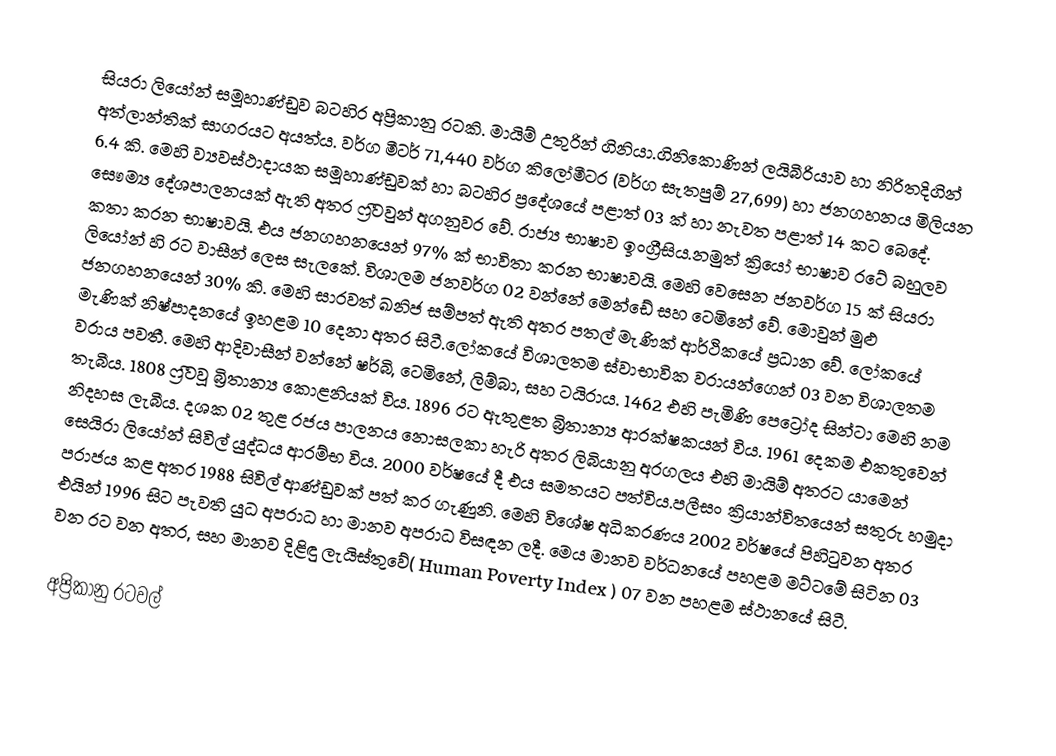
සියරා ලියෝන්  සමූහාණ්ඩුව බටහිර අප්‍රිකානු රටකි. මායිම් උතුරින් ගිනියා.ගිනිකොණින් ලයිබීරියාව හා නිරිතදිගින් අත්ලාන්තික් සාගරයට  අයත්ය. වර්ග මීටර් 71,440  වර්ග කිලෝමීටර (වර්ග සැතපුම් 27,699) හා ජනගහනය මිලියන 6.4 කි. මෙහි ව්‍යවස්ථාදායක සමූහාණ්ඩුවක් හා බටහිර ප්‍රදේශයේ පළාත් 03 ක් හා නැවත පළාත් 14 කට බෙදේ. සෞම්‍ය  දේශපාලනයක් ඇති අතර ෆ්‍රීටවුන් අගනුවර වේ. රාජ්‍ය භාෂාව ඉංග්‍රීසිය.නමුත් ක්‍රියෝ භාෂාව රටේ  බහුලව කතා කරන භාෂාවයි. එය ජනගහනයෙන් 97% ක් භාවිතා කරන භාෂාවයි. මෙහි වෙසෙන ජනවර්ග 15 ක් සියරා ලියෝන් හි රට වාසීන් ලෙස සැලකේ. විශාලම ජනවර්ග 02   වන්නේ මෙන්ඩේ සහ ටෙමිනේ වේ. මොවුන් මුළු ජනගහනයෙන් 30% කි. මෙහි සාරවත් ඛනිජ සම්පත්  ඇති අතර පතල් මැණික් ආර්ථිකයේ ප්‍රධාන වේ.  ලෝකයේ මැණික්  නිෂ්පාදනයේ ඉහළම 10 දෙනා අතර සිටී.ලෝකයේ විශාලතම ස්වාභාවික වරායන්ගෙන් 03 වන විශාලතම වරාය පවතී. මෙහි ආදිවාසීන්  වන්නේ ෂර්බි, ටෙමිනේ, ලිම්බා, සහ ටයිරාය. 1462 එහි පැමිණි පෙට්‍රෝද සින්ටා මෙහි නම තැබීය. 1808  ‍ෆ්‍රීටවූ බ්‍රිතාන්‍ය කොළනියක් විය. 1896 රට ඇතුළත  බ්‍රිතාන්‍ය ආරක්ෂකයන් විය. 1961 දෙකම එකතුවෙන් නිදහස ලැබීය. දශක 02 තුළ රජය පාලනය නොසලකා හැරි අතර ලිබියානු  අරගලය එහි මායිම්  අතරට යාමෙන් සෙයිරා ලියෝන් සිවිල් යුද්ධය ආරම්භ විය. 2000 වර්ෂයේ දී එය සමතයට පත්විය.පලීසං ක්‍රියාන්විතයෙන්  සතුරු හමුදා පරාජය කළ අතර 1988 සිවිල් ආණ්ඩුවක් පත් කර ගැණුනි.  මෙහි විශේෂ අධිකරණය 2002 වර්ෂයේ පිහිටුවන අතර එයින් 1996 සිට පැවති  යුධ අපරාධ හා මානව අපරාධ විසඳන ලදී. මෙය මානව වර්ධනයේ පහළම මට්ටමේ සිටින 03 වන රට වන අතර, සහ මානව දිළිඳු ලැයිස්තුවේ( Human Poverty Index ) 07 වන පහළම ස්ථානයේ සිටී.

අප්‍රිකානු රටවල්